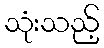
သုံးသည့်